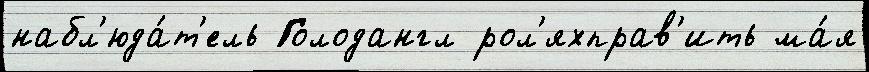
набл'юда́т'ель Голодангл рол'яхправ'ить ма́я